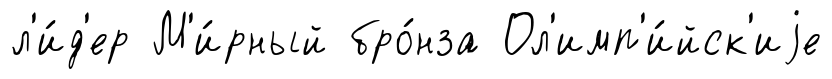
л'и́д'ер М'и́рный бро́нза Ол'имп'и́йск'иjе